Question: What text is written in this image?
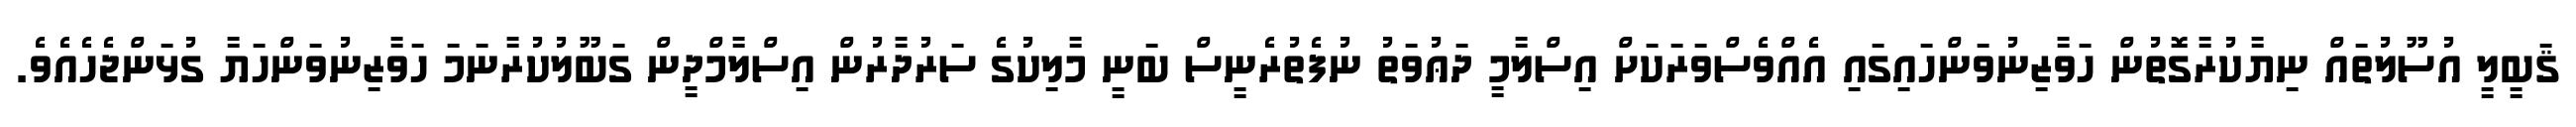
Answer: ޤަބީލީ އުސޫލުތައް ނިޔާކުރާގޮތުން ހަވާޒިނުވަންހައިގައި އެއްވެސްވަރަކަށް އިސްލާމީ ދަޢުވަތު ނުފެތުރެނީސް ބަނީ މާލިކުގެ ސަރުދާރުން އިސްލާމްދީން ގަބޫލުކުރާނަމަ ހަވާޒިނުވަންހަޔާ ގުޅަންޖެހެއެވެ.